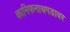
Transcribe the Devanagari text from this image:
कानिफनाथगडावर